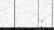
: